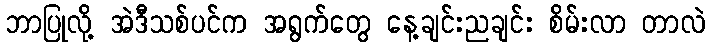
ဘာပြုလို့ အဲဒီသစ်ပင်က အရွက်တွေ နေ့ချင်းညချင်း စိမ်းလာ တာလဲ